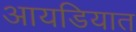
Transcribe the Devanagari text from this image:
आयडियात